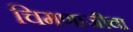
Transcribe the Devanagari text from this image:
चिमणाजीचा